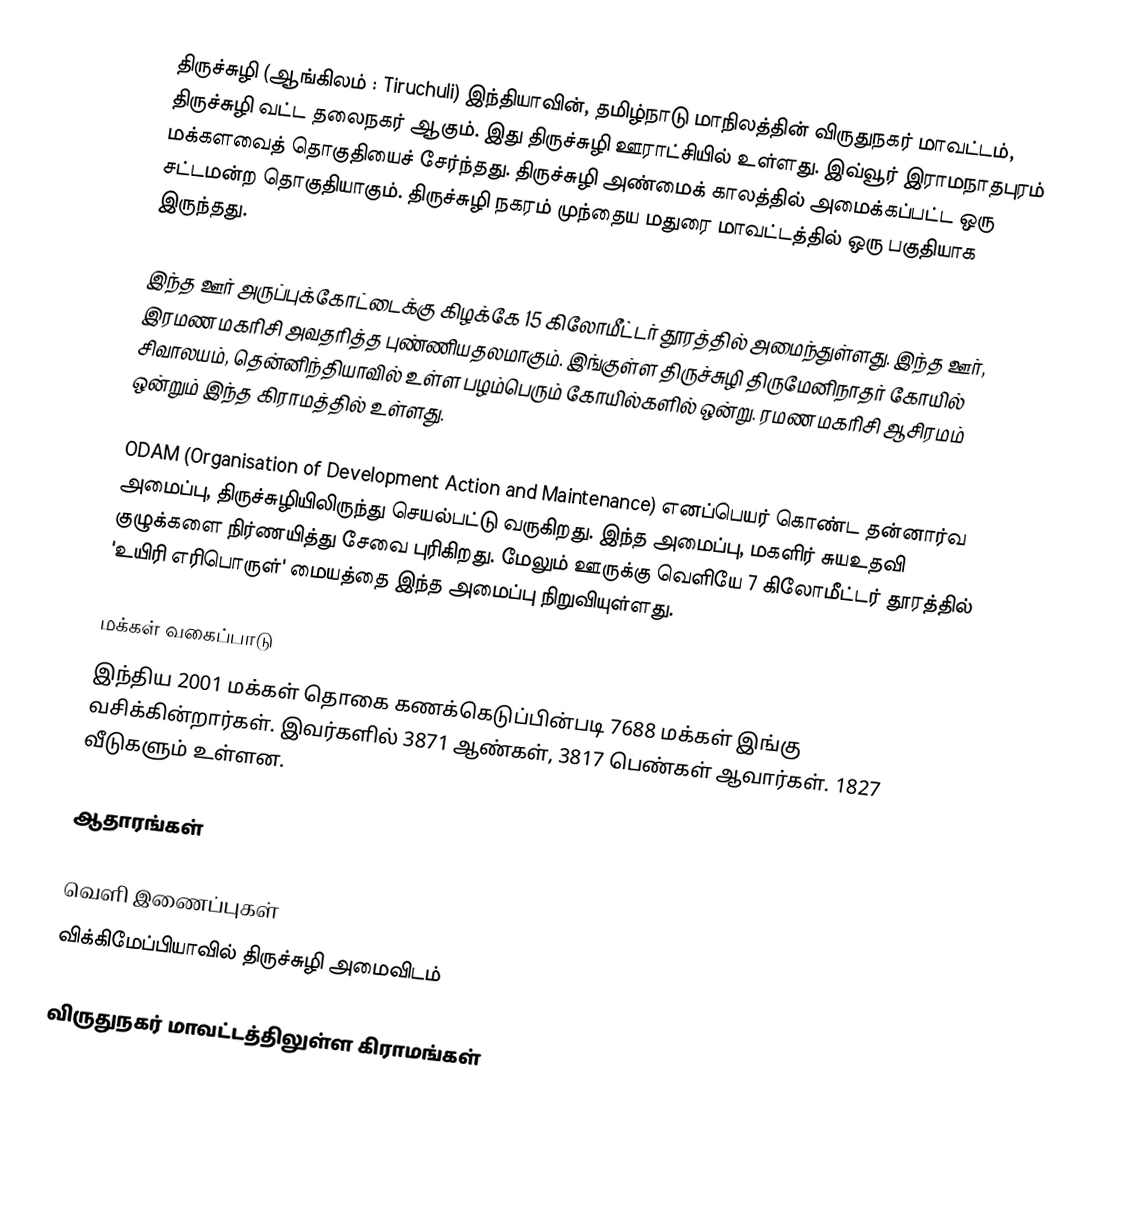
திருச்சுழி (ஆங்கிலம் : Tiruchuli) இந்தியாவின்,  தமிழ்நாடு மாநிலத்தின்  விருதுநகர் மாவட்டம்,  திருச்சுழி வட்ட தலைநகர் ஆகும். இது திருச்சுழி ஊராட்சியில் உள்ளது. இவ்வூர்  இராமநாதபுரம் மக்களவைத் தொகுதியைச் சேர்ந்தது. திருச்சுழி  அண்மைக் காலத்தில் அமைக்கப்பட்ட ஒரு சட்டமன்ற தொகுதியாகும். திருச்சுழி நகரம் முந்தைய மதுரை மாவட்டத்தில் ஒரு பகுதியாக இருந்தது.

இந்த ஊர் அருப்புக்கோட்டைக்கு கிழக்கே 15 கிலோமீட்டர் தூரத்தில் அமைந்துள்ளது. இந்த ஊர், இரமண மகரிசி அவதரித்த புண்ணியதலமாகும். இங்குள்ள திருச்சுழி திருமேனிநாதர் கோயில்  சிவாலயம், தென்னிந்தியாவில் உள்ள பழம்பெரும் கோயில்களில் ஒன்று. ரமண மகரிசி ஆசிரமம் ஒன்றும் இந்த கிராமத்தில் உள்ளது.

ODAM (Organisation of Development Action and Maintenance) எனப்பெயர் கொண்ட தன்னார்வ அமைப்பு, திருச்சுழியிலிருந்து செயல்பட்டு வருகிறது.  இந்த அமைப்பு, மகளிர் சுயஉதவி குழுக்களை நிர்ணயித்து சேவை புரிகிறது. மேலும் ஊருக்கு வெளியே 7 கிலோமீட்டர் தூரத்தில் 'உயிரி எரிபொருள்' மையத்தை  இந்த அமைப்பு நிறுவியுள்ளது.

மக்கள் வகைப்பாடு
இந்திய 2001 மக்கள் தொகை கணக்கெடுப்பின்படி 7688 மக்கள் இங்கு வசிக்கின்றார்கள்.  இவர்களில் 3871 ஆண்கள், 3817 பெண்கள் ஆவார்கள். 1827 வீடுகளும் உள்ளன.

ஆதாரங்கள்

வெளி இணைப்புகள்
 விக்கிமேப்பியாவில் திருச்சுழி அமைவிடம்

விருதுநகர் மாவட்டத்திலுள்ள கிராமங்கள்